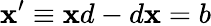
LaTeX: \mathbf{x}^{\prime}\equiv\mathbf{x}d-d\mathbf{x}=b